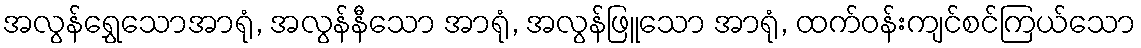
အလွန်ရွှေသောအာရုံ, အလွန်နီသော အာရုံ, အလွန်ဖြူသော အာရုံ, ထက်ဝန်းကျင်စင်ကြယ်သော